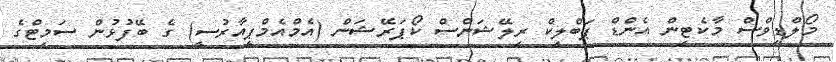
މޯލްޑިވްސް މާކެޓިން އެންޑް ޕަބްލިކް ރިލޭޝަންސް ކޯޕަރޭޝަން (އެމްއެމްޕީއާރުސީ) ގެ ބޭފުޅުން ސަމިޓްގެ